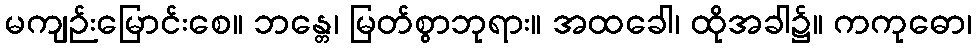
မကျဉ်းမြောင်းစေ။ ဘန္တေ၊ မြတ်စွာဘုရား။ အထခေါ၊ ထိုအခါ၌။ ကကုဓော၊